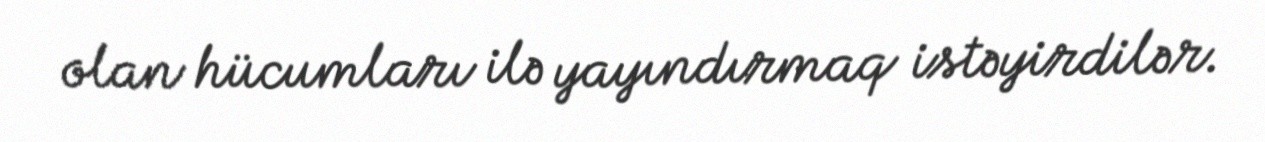
olan hücumları ilə yayındırmaq istəyirdilər.